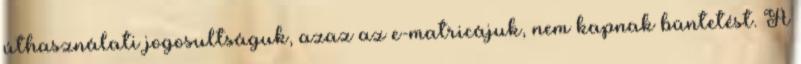
úthasználati jogosultságuk, azaz az e-matricájuk, nem kapnak büntetést. A